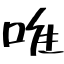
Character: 唯